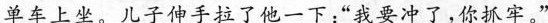
单车上坐。儿子伸手拉了他一下：”我要冲了，你抓牢。